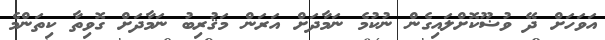
އަވަހަށް ދޭ ވުޟޫކޮށްލައިގެން ނުކުމެ ނަމާދަށް އަރަން މަޤުރިބު ނަމާދަށް ގޮވިތާ ކިތަންމެ